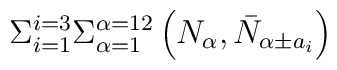
\Sigma_{i=1}^{i=3} \Sigma_{\alpha=1}^{\alpha=12}\left( N_{\alpha}, \bar{N}_{\alpha \pm a_i} \right)